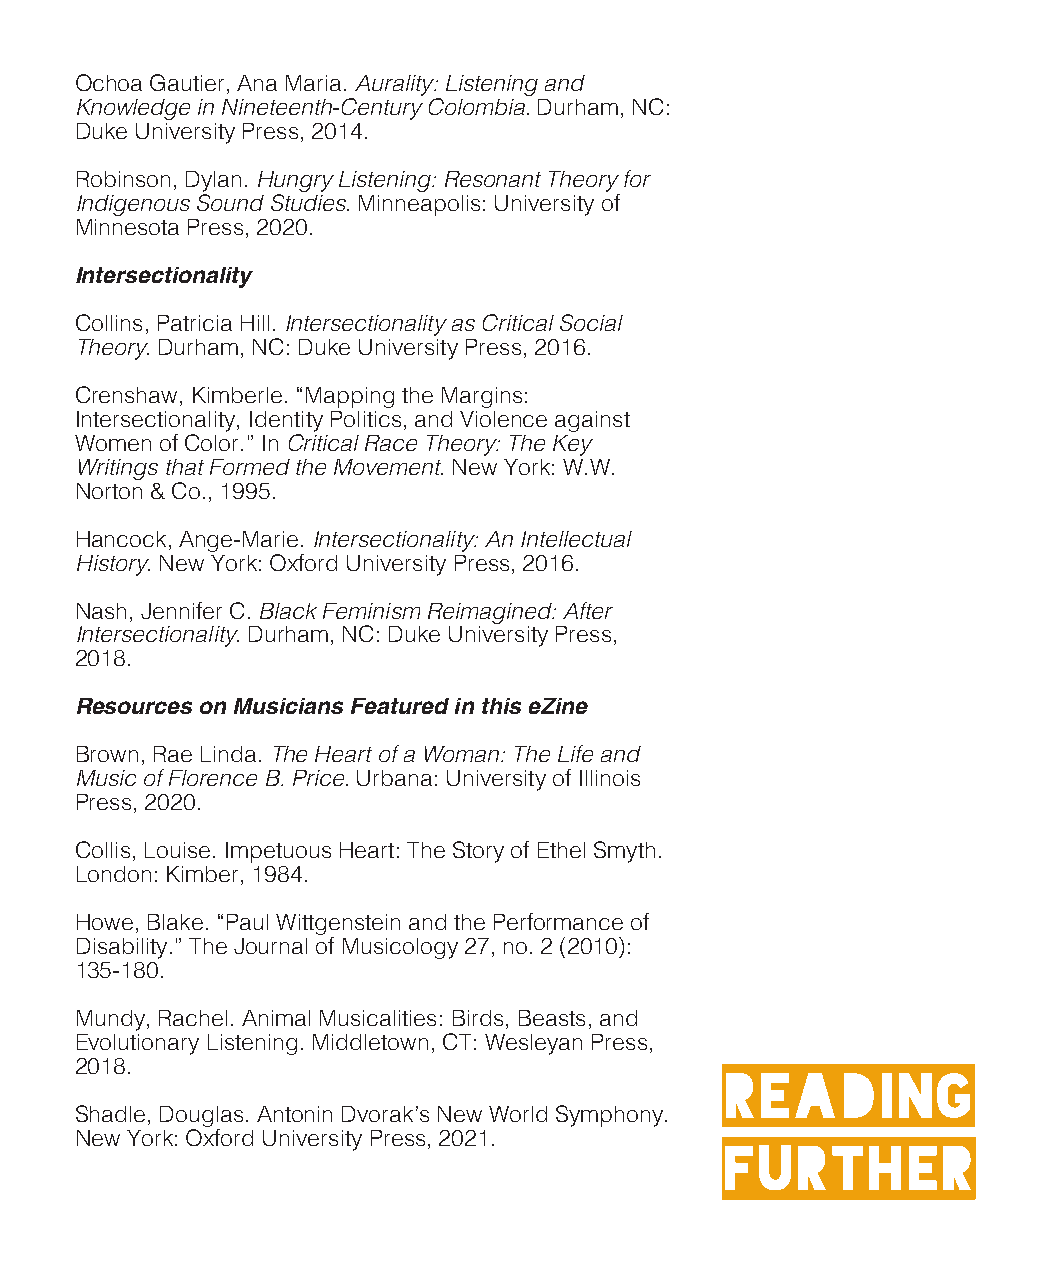
Ochoa Gautier, Ana Maria. Aurality: Listening and
 Knowledge in Nineteenth-Century Colombia. Durham, NC:
 Duke University Press, 2014.
 Robinson, Dylan. Hungry Listening: Resonant Theory for
 Indigenous Sound Studies. Minneapolis: University of
 Minnesota Press, 2020.
 Intersectionality
 Collins, Patricia Hill. Intersectionality as Critical Social
 Theory. Durham, NC: Duke University Press, 2016.
 Crenshaw, Kimberle. “Mapping the Margins:
 Intersectionality, Identity Politics, and Violence against
 Women of Color.” In Critical Race Theory: The Key
 Writings that Formed the Movement. New York: W.W.
 Norton & Co., 1995.
 Hancock, Ange-Marie. Intersectionality: An Intellectual
 History. New York: Oxford University Press, 2016.
 Nash, Jennifer C. Black Feminism Reimagined: After
 Intersectionality. Durham, NC: Duke University Press,
 2018.
 Resources on Musicians Featured in this eZine
 Brown, Rae Linda. The Heart of a Woman: The Life and
 Music of Florence B. Price. Urbana: University of Illinois
 Press, 2020.
 Collis, Louise. Impetuous Heart: The Story of Ethel Smyth.
 London: Kimber, 1984.
 Howe, Blake. “Paul Wittgenstein and the Performance of
 Disability.” The Journal of Musicology 27, no. 2 (2010):
 135-180.
 Mundy, Rachel. Animal Musicalities: Birds, Beasts, and
 Evolutionary Listening. Middletown, CT: Wesleyan Press,
 2018.
 Reading
 Shadle, Douglas. Antonin Dvorak’s New World Symphony.
 New York: Oxford University Press, 2021.
 Further